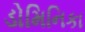
ડોમિનિકા